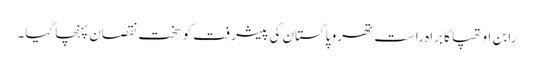
رابن اوتھپا کا براہ راست تھرو پاکستان کی پیشرفت کو سخت نقصان پہنچا گیا۔